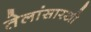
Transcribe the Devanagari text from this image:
तेलांसारखी